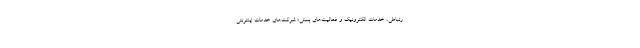
رتباطی، خدمات الکترونیک و فعالیت‌های پستی؛ شرکت‌های خدمات اینترنتی